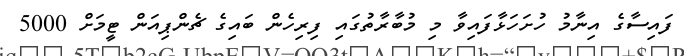
ފައިސާގެ އިނާމު ހުށަހަޅާފައިވާ މި މުބާރާތުގައި ފިރިހެން ބައިގެ ޗެންޕިއަން ޓީމަށް 5000